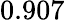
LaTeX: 0.907